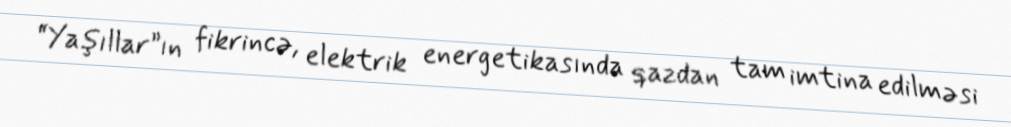
“Yaşıllar”ın fikrincə, elektrik energetikasında qazdan tam imtina edilməsi